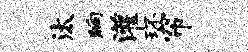
汰晌灌环帘